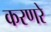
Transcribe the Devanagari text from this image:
करणरे